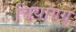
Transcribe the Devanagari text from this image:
चियांगग्रे